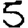
Digit: 5